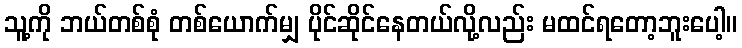
သူ့ကို ဘယ်တစ်စုံ တစ်ယောက်မျှ ပိုင်ဆိုင်နေတယ်လို့လည်း မထင်ရတော့ဘူးပေါ့။